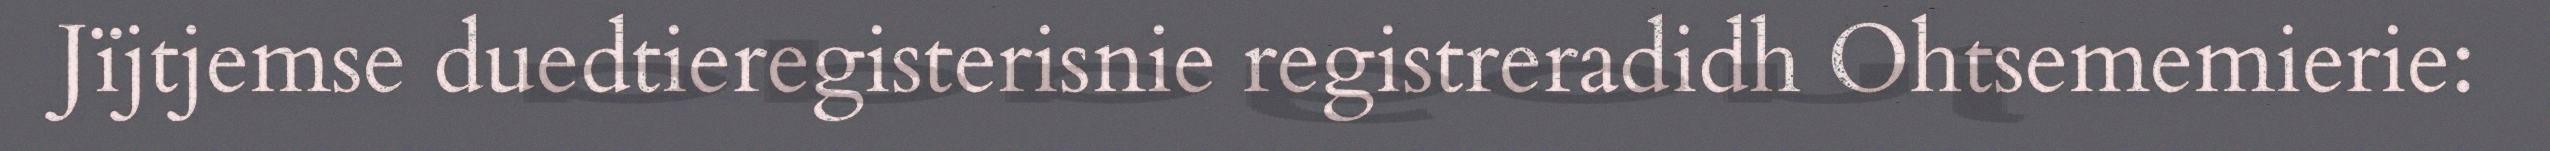
Jïjtjemse duedtieregisterisnie registreradidh Ohtsememierie: